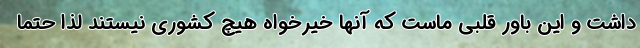
داشت و این باور قلبی ماست که آنها خیرخواه هیچ کشوری نیستند لذا حتماً